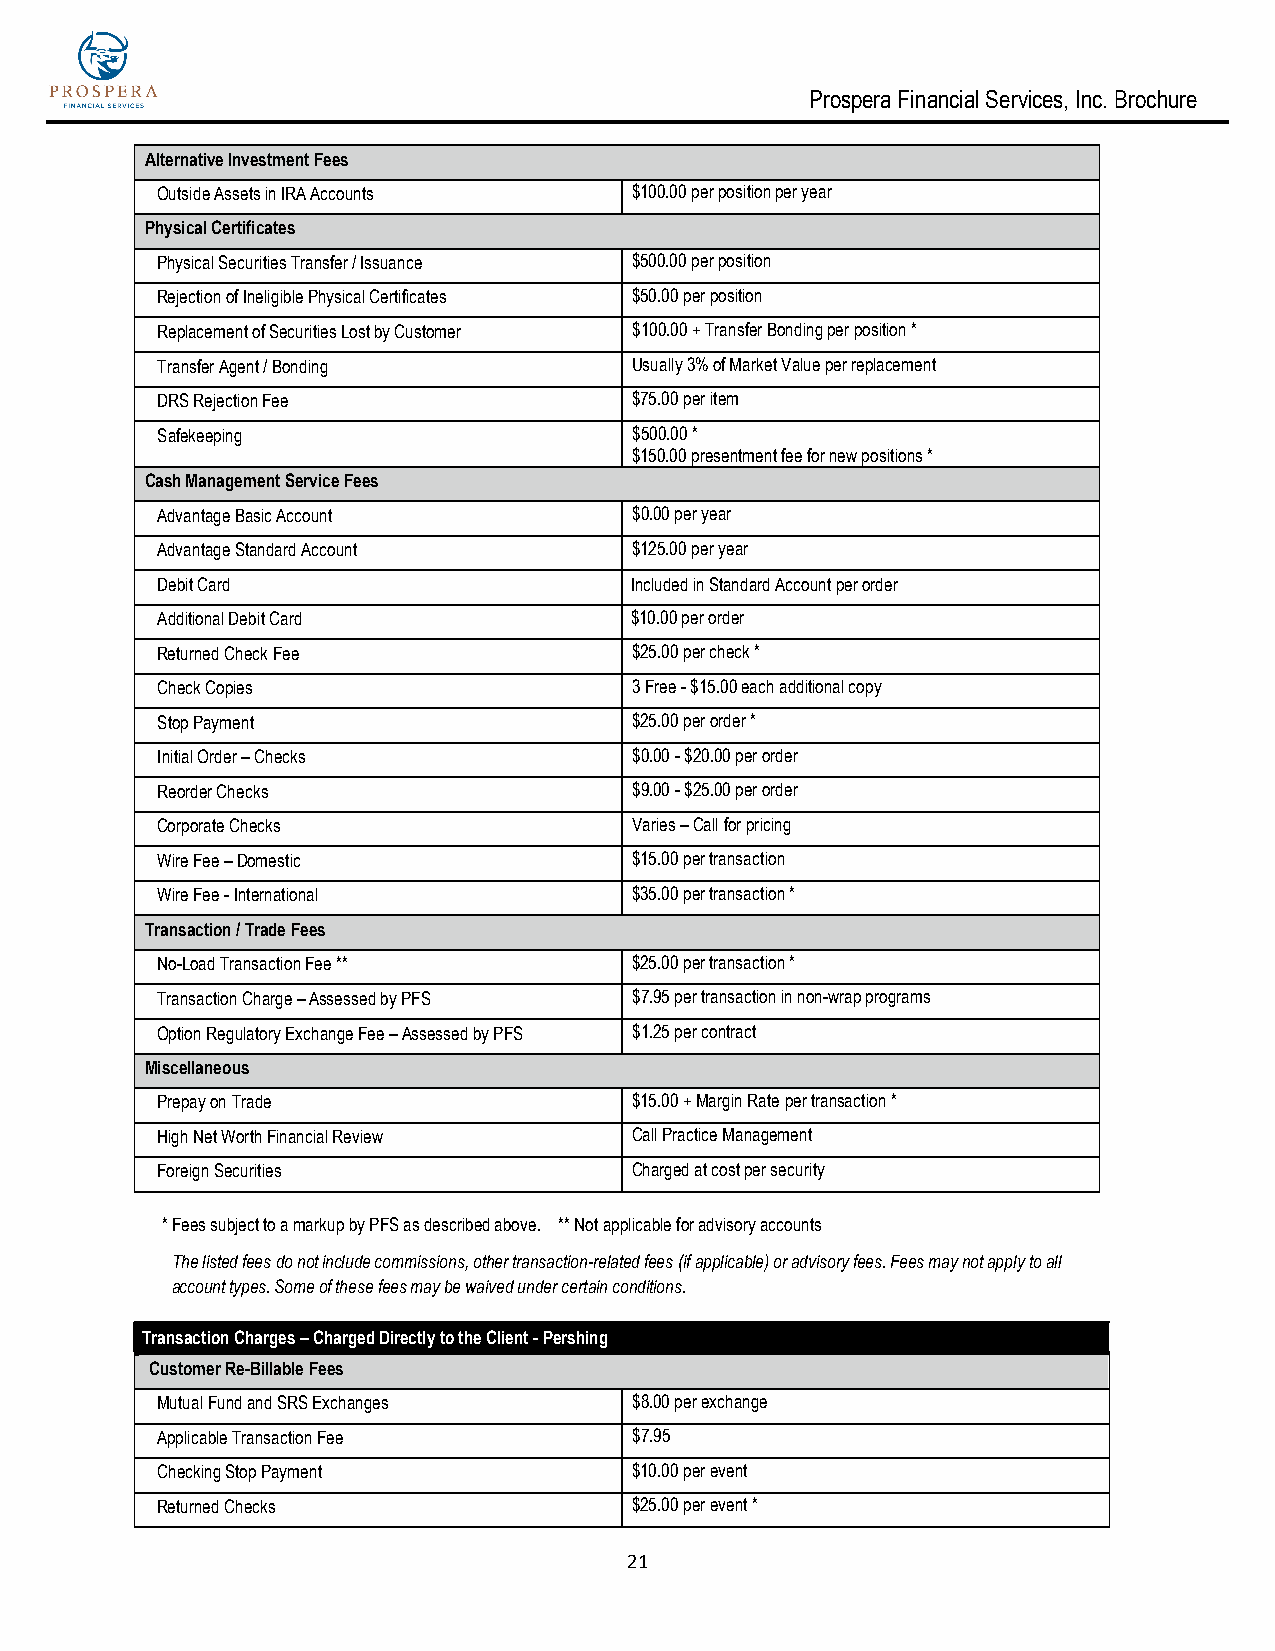
Prospera Financial Services, Inc. Brochure
 Alternative Investment Fees
 Outside Assets in IRA Accounts  $100.00 per position per year
 Physical Certificates
 Physical Securities Transfer / Issuance $500.00 per position
 Rejection of Ineligible Physical Certificates $50.00 per position
 Replacement of Securities Lost by Customer $100.00 + Transfer Bonding per position *
 Transfer Agent / Bonding        Usually 3% of Market Value per replacement
 DRS Rejection Fee               $75.00 per item
 Safekeeping                     $500.00 *
 $150.00 presentment fee for new positions *
 Cash Management Service Fees
 Advantage Basic Account         $0.00 per year
 Advantage Standard Account      $125.00 per year
 Debit Card                      Included in Standard Account per order
 Additional Debit Card           $10.00 per order
 Returned Check Fee              $25.00 per check *
 Check Copies                    3 Free - $15.00 each additional copy
 Stop Payment                    $25.00 per order *
 Initial Order – Checks          $0.00 - $20.00 per order
 Reorder Checks                  $9.00 - $25.00 per order
 Corporate Checks                Varies – Call for pricing
 Wire Fee – Domestic             $15.00 per transaction
 Wire Fee - International        $35.00 per transaction *
 Transaction / Trade Fees
 No-Load Transaction Fee **      $25.00 per transaction *
 Transaction Charge – Assessed by PFS $7.95 per transaction in non-wrap programs
 Option Regulatory Exchange Fee – Assessed by PFS $1.25 per contract
 Miscellaneous
 Prepay on Trade                 $15.00 + Margin Rate per transaction *
 High Net Worth Financial Review Call Practice Management
 Foreign Securities              Charged at cost per security
 * Fees subject to a markup by PFS as described above. ** Not applicable for advisory accounts
 The listed fees do not include commissions, other transaction-related fees (if applicable) or advisory fees. Fees may not apply to all
 account types. Some of these fees may be waived under certain conditions.
 Transaction Charges – Charged Directly to the Client - Pershing
 Customer Re-Billable Fees
 Mutual Fund and SRS Exchanges   $8.00 per exchange
 Applicable Transaction Fee      $7.95
 Checking Stop Payment           $10.00 per event
 Returned Checks                 $25.00 per event *
 21